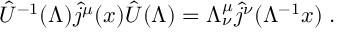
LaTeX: \hat { U } ^ { - 1 } ( \Lambda ) \hat { j } ^ { \mu } ( x ) \hat { U } ( \Lambda ) = \Lambda _ { \nu } ^ { \mu } \hat { j } ^ { \nu } ( \Lambda ^ { - 1 } x ) \; .